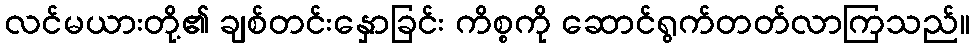
လင်မယားတို့၏ ချစ်တင်းနှောခြင်း ကိစ္စကို ဆောင်ရွက်တတ်လာကြသည်။